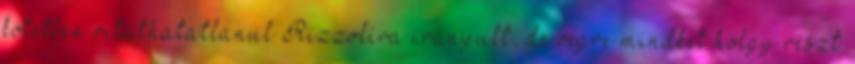
kötetben vitathatatlanul Rizzolira irányult, de végre mindkét hölgy részt